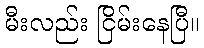
မီးလည်း ငြိမ်းနေပြီ။